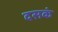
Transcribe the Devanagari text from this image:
दसकं